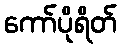
ကော်ပိုရိတ်